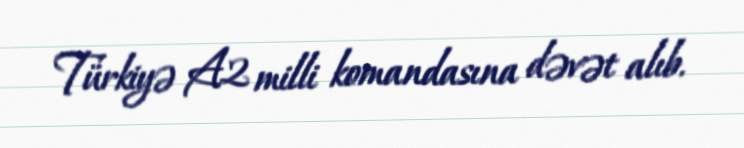
Türkiyə A2 milli komandasına dəvət alıb.